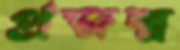
প্রজন্ম